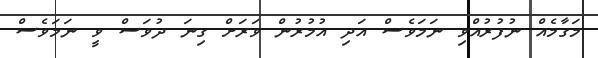
މަގާމެއް ނުފުރުއްވި ނަމަވެސް އަދި އުމުރުން ވަރަށް ގިނަ ދުވަސް ވީ ނަމަވެސް